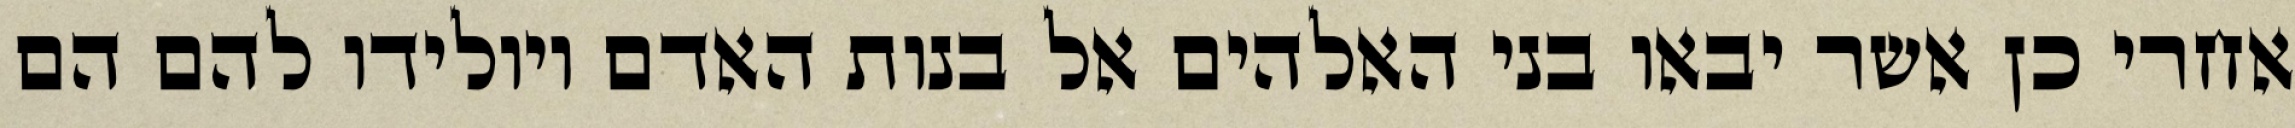
אחרי כן אשר יבאו בני האלהים אל בנות האדם ויולידו להם הם